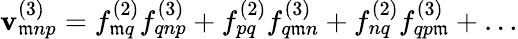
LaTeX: \mathbf{v}_{\mathfrak{m}np}^{(3)}=f_{\mathfrak{m}q}^{(2)}f_{qnp}^{(3)}+f_{pq}^{(2)}f_{q\mathfrak{m}n}^{(3)}+f_{nq}^{(2)}f_{qp\mathfrak{m}}^{(3)}+\ldots